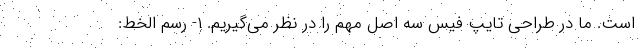
است. ما در طراحی تایپ فیس سه اصل مهم را در نظر می‌گیریم. ۱- رسم الخط: